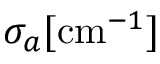
\sigma _ { a } [ \mathrm { c m } ^ { - 1 } ]